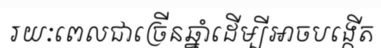
រយៈពេលជាច្រើនឆ្នាំដើម្បីអាចបង្កើត